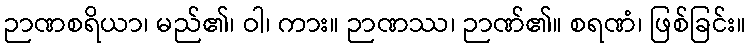
ဉာဏစရိယာ၊ မည်၏၊ ဝါ၊ ကား။ ဉာဏဿ၊ ဉာဏ်၏။ စရဏံ၊ ဖြစ်ခြင်း။